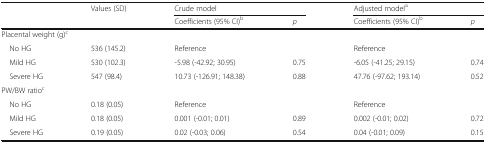
<table><thead><tr><td></td><td><b>Values (SD)</b></td><td colspan="2"><b>Crude model</b></td><td colspan="2"><b>Adjusted model<sup>a</sup></b></td></tr><tr><td></td><td></td><td><b>Coefficients (95% CI)<sup>b</sup></b></td><td><b><i>p</i></b></td><td><b>Coefficients (95% CI)<sup>b</sup></b></td><td><b><i>p</i></b></td></tr></thead><tbody><tr><td colspan="6">Placental weight (g)<sup>c</sup></td></tr><tr><td> No HG</td><td>536 (145.2)</td><td>Reference</td><td></td><td>Reference</td><td></td></tr><tr><td> Mild HG</td><td>530 (102.3)</td><td>-5.98 (-42.92; 30.95)</td><td>0.75</td><td>-6.05 (-41.25; 29.15)</td><td>0.74</td></tr><tr><td> Severe HG</td><td>547 (98.4)</td><td>10.73 (-126.91; 148.38)</td><td>0.88</td><td>47.76 (-97.62; 193.14)</td><td>0.52</td></tr><tr><td colspan="6">PW/BW ratio<sup>c</sup></td></tr><tr><td> No HG</td><td>0.18 (0.05)</td><td>Reference</td><td></td><td>Reference</td><td></td></tr><tr><td> Mild HG</td><td>0.18 (0.05)</td><td>0.001 (-0.01; 0.01)</td><td>0.89</td><td>0.002 (-0.01; 0.02)</td><td>0.72</td></tr><tr><td> Severe HG</td><td>0.19 (0.05)</td><td>0.02 (-0.03; 0.06)</td><td>0.54</td><td>0.04 (-0.01; 0.09)</td><td>0.15</td></tr></tbody></table>